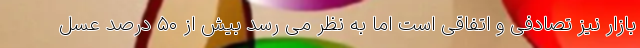
بازار نیز تصادفی و اتفاقی است اما به نظر می رسد بیش از ۵۰ درصد عسل